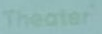
Theater